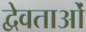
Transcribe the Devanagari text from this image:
द्वेवताओं